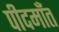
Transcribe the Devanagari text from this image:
पीदमाँत